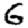
Digit: 6